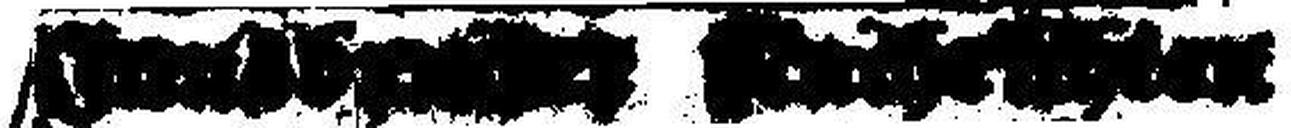
###